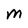
Character: M